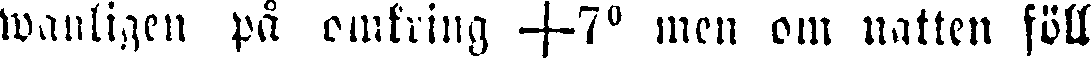
wanligen på omkring +7° men om natten föll